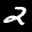
Label: 2